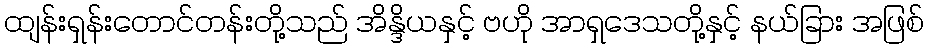
ထျန်းရှန်းတောင်တန်းတို့သည် အိန္ဒိယနှင့် ဗဟို အာရှဒေသတို့နှင့် နယ်ခြား အဖြစ်